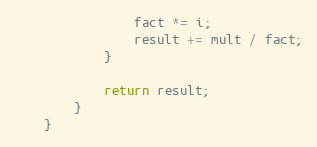
Language: Java
                fact *= i;
                result += mult / fact;
            }

            return result;
        }
    }